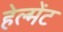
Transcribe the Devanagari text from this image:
हेल्मेंट